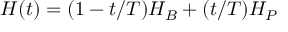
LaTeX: H ( t ) = ( 1 - t / T ) H _ { B } + ( t / T ) H _ { P }